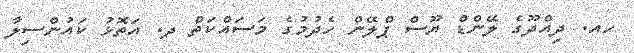
ހއ. ދިއްދޫގެ ލޭންޑް ޔޫސް ޕްލޭން ހެދުމުގެ މަސައްކަތް ދ. އަތޮޅު ކައުންސިލާ